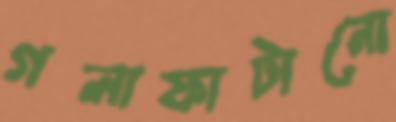
গলাফাটানো